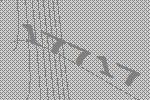
17717